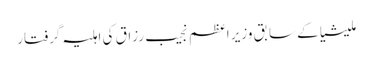
ملیشیا کے سابق وزیر اعظم نجیب رزاق کی اہلیہ گرفتار